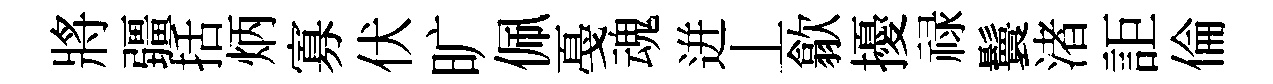
將疆括炳寡伏旷佩戞魂迸丄歙擾禄鬟渚詎倫